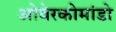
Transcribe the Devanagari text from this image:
ओबेरकोमांडो